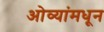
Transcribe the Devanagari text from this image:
ओव्यांमधून